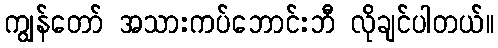
ကျွန်တော် အသားကပ်ဘောင်းဘီ လိုချင်ပါတယ်။